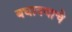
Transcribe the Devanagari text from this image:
बघावयाचे